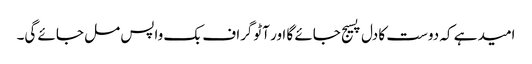
امید ہے کہ دوست کا دل پسیج جائے گا اور آٹوگراف بک واپس مل جائے گی۔